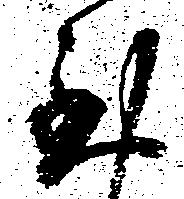
至